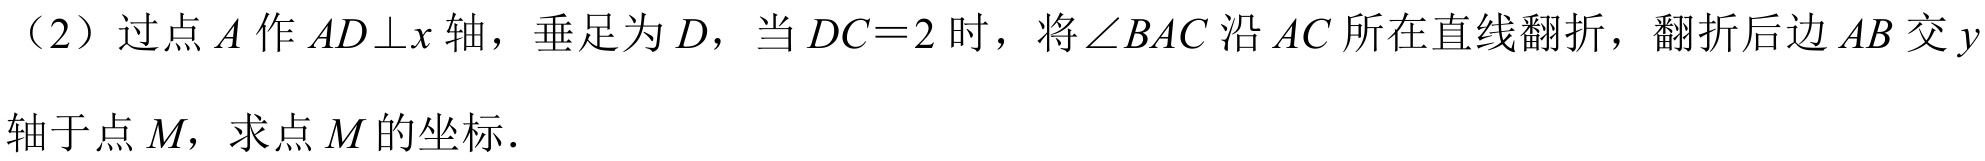
（2）过点 \(A\) 作 \(AD\perp x\) 轴，垂足为 \(D\)，当 \(DC = 2\) 时，将\(\angle BAC\) 沿 \(AC\) 所在直线翻折，翻折后边 \(AB\) 交 \(y\)
轴于点 \(M\)，求点 \(M\) 的坐标．